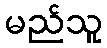
မည်သူ